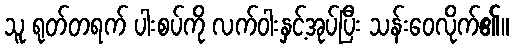
သူ ရုတ်တရက် ပါးစပ်ကို လက်ဝါးနှင့်အုပ်ပြီး သန်းဝေလိုက်၏။